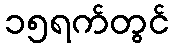
၁၅ရက်တွင်